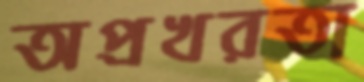
অপ্রখরতা